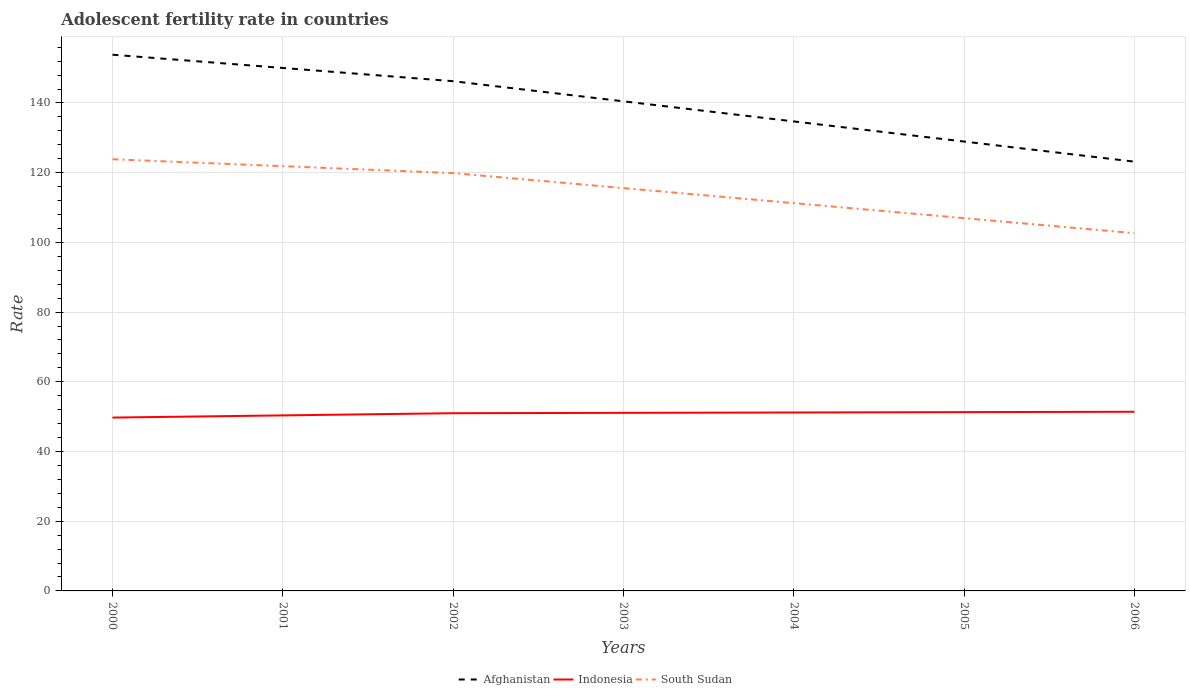
| Years | Afghanistan | Indonesia | South Sudan |
 | --- | --- | --- | --- |
 | 2000 | 154 | 49.7 | 124 |
 | 2001 | 150 | 50.4 | 122 |
 | 2002 | 146 | 51 | 120 |
 | 2003 | 140 | 51.1 | 116 |
 | 2004 | 135 | 51.2 | 111 |
 | 2005 | 129 | 51.3 | 107 |
 | 2006 | 123 | 51.4 | 103 |